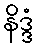
နိဒ္ဒံ